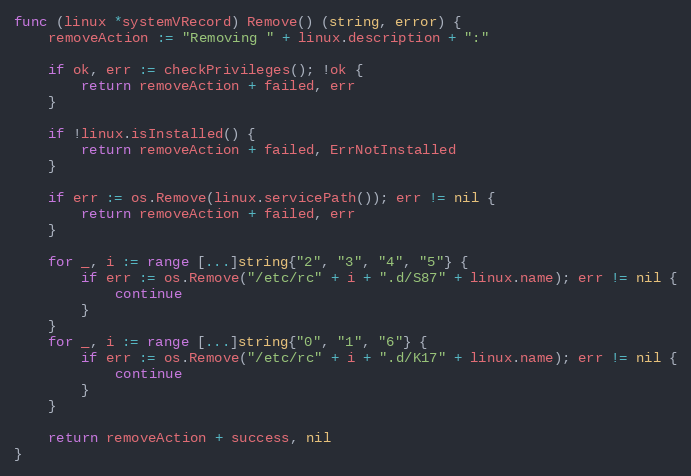
Language: Go
func (linux *systemVRecord) Remove() (string, error) {
	removeAction := "Removing " + linux.description + ":"

	if ok, err := checkPrivileges(); !ok {
		return removeAction + failed, err
	}

	if !linux.isInstalled() {
		return removeAction + failed, ErrNotInstalled
	}

	if err := os.Remove(linux.servicePath()); err != nil {
		return removeAction + failed, err
	}

	for _, i := range [...]string{"2", "3", "4", "5"} {
		if err := os.Remove("/etc/rc" + i + ".d/S87" + linux.name); err != nil {
			continue
		}
	}
	for _, i := range [...]string{"0", "1", "6"} {
		if err := os.Remove("/etc/rc" + i + ".d/K17" + linux.name); err != nil {
			continue
		}
	}

	return removeAction + success, nil
}